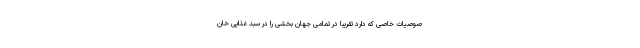
صوصیات خاصی که دارد تقریبا در تمامی جهان بخشی را در سبد غذایی خان